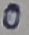
Text: 0